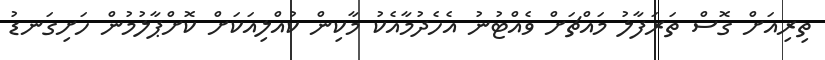
ތިރިއަށް ގޮސް ތަރަފާލު މައްޗަށް ވެއްޓުނު އެހެދުމާއެކު މާކިން ކުއްލިއަކަށް ކޮށްޕާލުމުން ހަށިގަނޑު